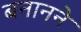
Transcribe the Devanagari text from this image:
बनानने